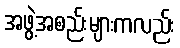
အဖွဲ့အစည်းများကလည်း